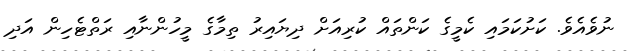
ނުވެއެވެ. ކަށުކަމައި ކެމީގެ ކަންތައް ކުރިއަށް ދިޔައިރު ތިމާގެ މީހުންނާއި ރަތްޓެހިން އަދި